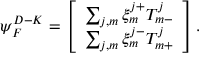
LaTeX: { \psi } _ { F } ^ { D - K } = \left[ \begin{array} { c } { { \sum _ { j , m } \xi _ { m } ^ { j + } T _ { m - } ^ { j } } } \\ { { \sum _ { j , m } \xi _ { m } ^ { j - } T _ { m + } ^ { j } } } \end{array} \right] .